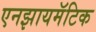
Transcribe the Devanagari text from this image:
एनझायमॅटिक